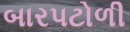
બારપટોળી